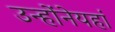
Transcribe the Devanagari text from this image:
उन्होंनेयहां